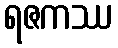
ရဇကဿ